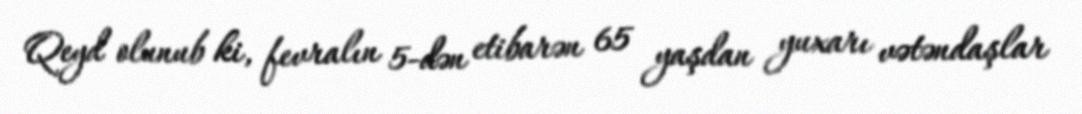
Qeyd olunub ki, fevralın 5-dən etibarən 65 yaşdan yuxarı vətəndaşlar